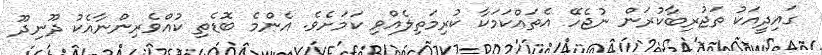
ގައިދީއަކު ތަޖުރިބާކުރަން ނުޖެހޭ އެތައްކަމަކާ ކުރިމަތިލެއްވި ކަމަށެވެ. އެންމެ ބޮޑެތި ކުއްވެރިންނާއެކު ދޫނިދޫ